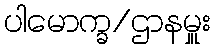
ပါမောက္ခ/ဌာနမှူး